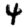
Digit: 4